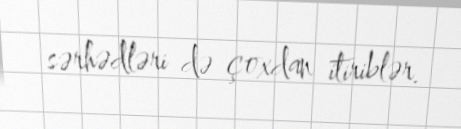
sərhədləri də çoxdan itiriblər.